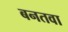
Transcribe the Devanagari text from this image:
बनतवा